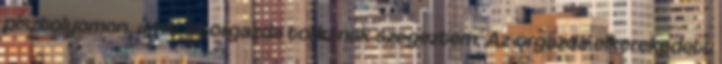
pisztolyomon, amit az orgazda torkának szegeztem. Az orgazda elkerekedett